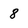
Character: 8